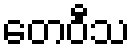
တေဝီသ